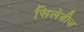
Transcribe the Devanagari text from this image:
सिलेबीज़